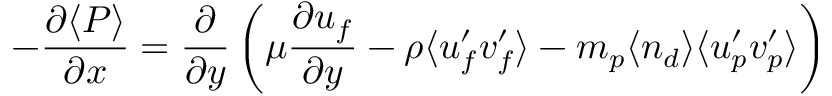
- \frac { \partial \langle P \rangle } { \partial x } = \frac { \partial } { \partial y } \left( \mu \frac { \partial u _ { f } } { \partial y } - \rho \langle u _ { f } ^ { \prime } v _ { f } ^ { \prime } \rangle - m _ { p } \langle n _ { d } \rangle \langle u _ { p } ^ { \prime } v _ { p } ^ { \prime } \rangle \right)